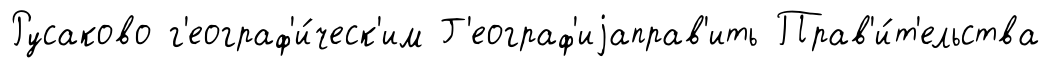
Русаково г'еограф'и́ческ'им Г'еограф'иjаправ'ить Прав'и́т'ельства